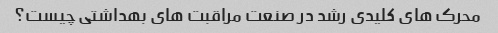
محرک های کلیدی رشد در صنعت مراقبت های بهداشتی چیست؟